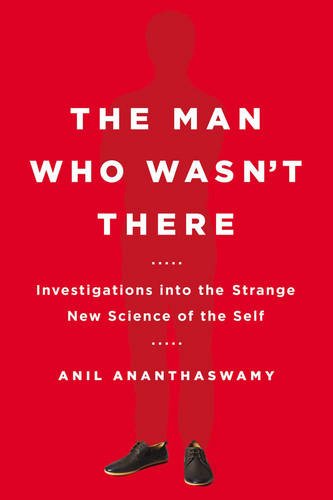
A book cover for The Man Who Wasn't There: Investigations into the Strange New Science of the Self; Anil Ananthaswamy; Medical Books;